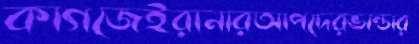
কাগজেইরানারআপদেরভান্ডার